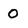
Character: 0